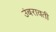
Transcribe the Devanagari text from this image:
उंबरावती